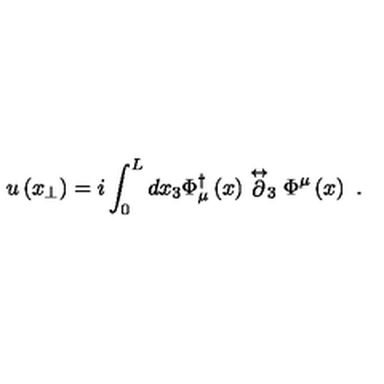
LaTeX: u \left( x _ { \perp } \right) = i \int _ { 0 } ^ { L } d x _ { 3 } \Phi _ { \mu } ^ { \dagger } \left( x \right) \stackrel { \leftrightarrow } { \partial } _ { 3 } \Phi ^ { \mu } \left( x \right) \ .